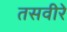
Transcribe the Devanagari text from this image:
तसवीरे